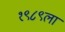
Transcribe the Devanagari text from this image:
१९८९ला